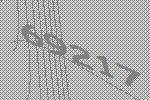
69217